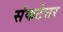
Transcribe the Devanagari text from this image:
संकटेत्तर